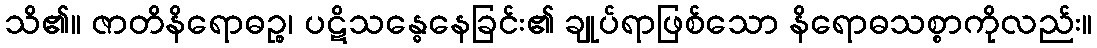
သိ၏။ ဇာတိနိရောဓဉ္စ၊ ပဋိသန္ဓေနေခြင်း၏ ချုပ်ရာဖြစ်သော နိရောဓသစ္စာကိုလည်း။